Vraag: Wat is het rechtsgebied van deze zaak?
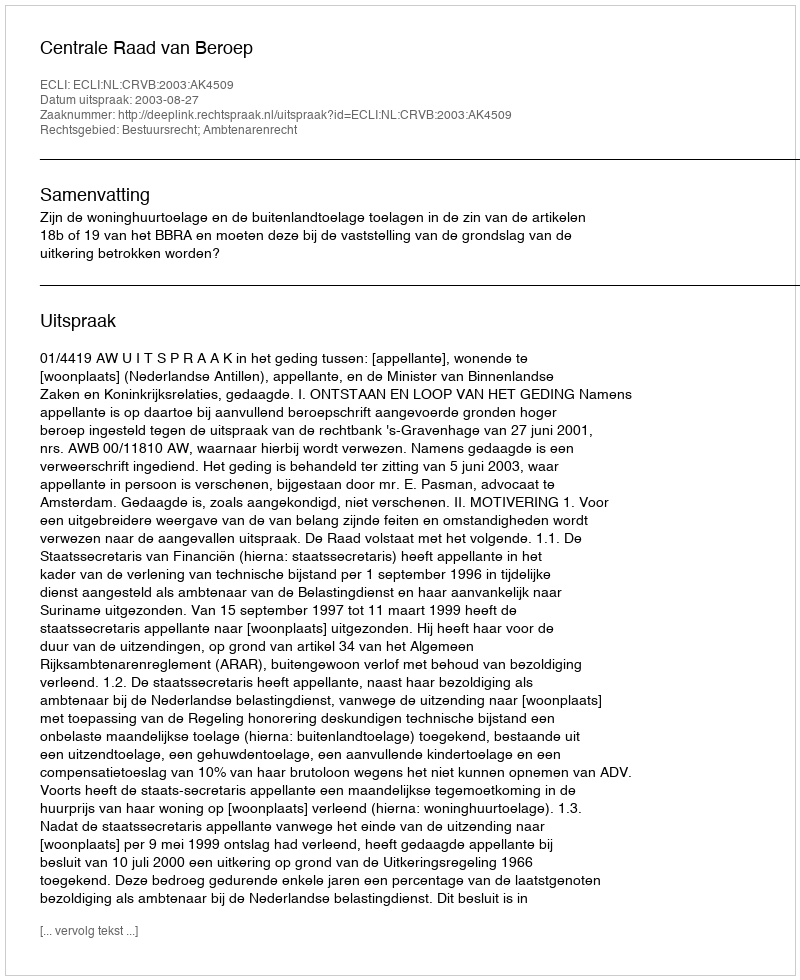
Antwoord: Bestuursrecht; Ambtenarenrecht